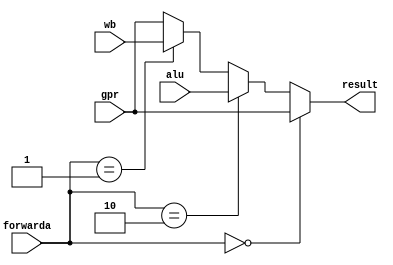
module pipe_forward_a(forwarda,gpr,alu,wb,result);
	input [1:0]			forwarda;
	input [31:0]		gpr;
	input [31:0]		alu;
	input [31:0]		wb;

	output [31:0]	result;

	assign result=(forwarda==2'b00)?gpr:
		      (forwarda==2'b10)?alu:
		      (forwarda==2'b01)?wb:gpr;
endmodule